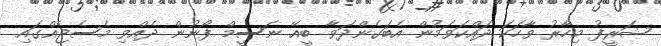
ޝަރީފު މިހާރު ވާހަކަ ދައްކަވަމުން އެބަގެންދަވާ ބީއޭ ނަސީމް ފޯނުން ދެއްވި މެސެޖެއްގައި